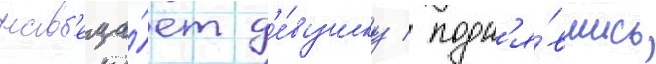
нав'еща́ет д'е́вушку / подн'я́вшись